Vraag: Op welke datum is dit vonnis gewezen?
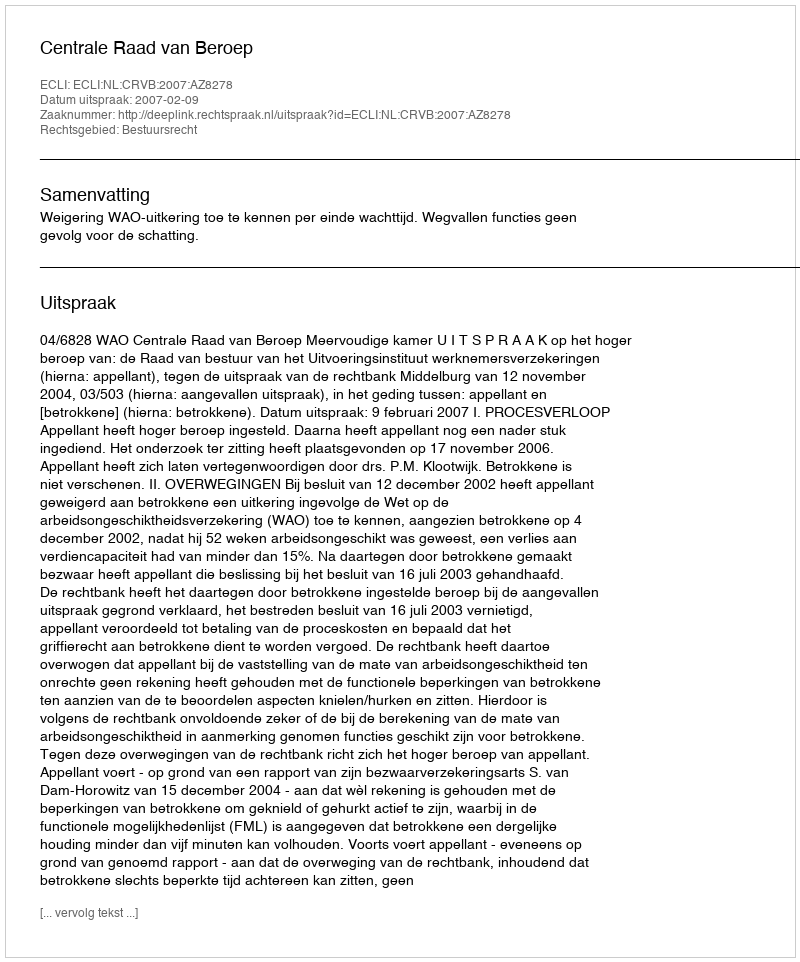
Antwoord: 2007-02-09